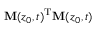
\mathbf { M } ( \boldsymbol { z } _ { 0 } , t ) ^ { \mathrm { T } } \mathbf { M } ( \boldsymbol { z } _ { 0 } , t )